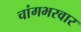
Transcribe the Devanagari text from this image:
चांगभरवार